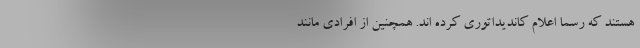
هستند که رسما اعلام کاندیداتوری کرده اند. همچنین از افرادی مانند